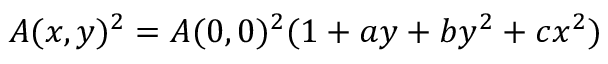
A ( x , y ) ^ { 2 } = A ( 0 , 0 ) ^ { 2 } ( 1 + a y + b y ^ { 2 } + c x ^ { 2 } ) ~ ~